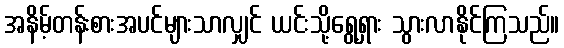
အနိမ့်တန်းစားအပင်များသာလျှင် ယင်းသို့ရွေ့ရှား သွားလာနိုင်ကြသည်။